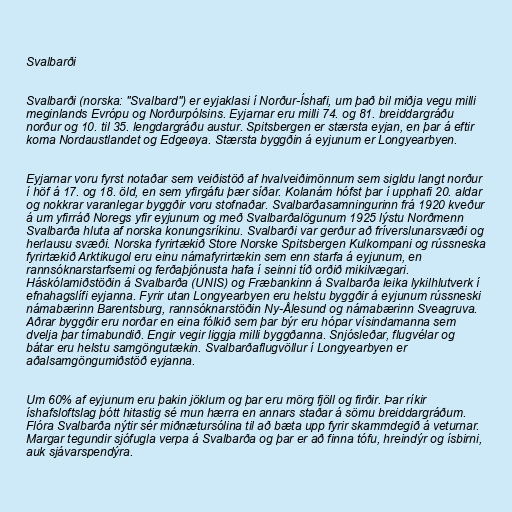
Svalbarði

Svalbarði (norska: "Svalbard") er eyjaklasi í Norður-Íshafi, um það bil miðja vegu milli
meginlands Evrópu og Norðurpólsins. Eyjarnar eru milli 74. og 81. breiddargráðu
norður og 10. til 35. lengdargráðu austur. Spitsbergen er stærsta eyjan, en þar á eftir
koma Nordaustlandet og Edgeøya. Stærsta byggðin á eyjunum er Longyearbyen.

Eyjarnar voru fyrst notaðar sem veiðistöð af hvalveiðimönnum sem sigldu langt norður
í höf á 17. og 18. öld, en sem yfirgáfu þær síðar. Kolanám hófst þar í upphafi 20. aldar
og nokkrar varanlegar byggðir voru stofnaðar. Svalbarðasamningurinn frá 1920 kveður
á um yfirráð Noregs yfir eyjunum og með Svalbarðalögunum 1925 lýstu Norðmenn
Svalbarða hluta af norska konungsríkinu. Svalbarði var gerður að fríverslunarsvæði og
herlausu svæði. Norska fyrirtækið Store Norske Spitsbergen Kulkompani og rússneska
fyrirtækið Arktikugol eru einu námafyrirtækin sem enn starfa á eyjunum, en
rannsóknarstarfsemi og ferðaþjónusta hafa í seinni tíð orðið mikilvægari.
Háskólamiðstöðin á Svalbarða (UNIS) og Fræbankinn á Svalbarða leika lykilhlutverk í
efnahagslífi eyjanna. Fyrir utan Longyearbyen eru helstu byggðir á eyjunum rússneski
námabærinn Barentsburg, rannsóknarstöðin Ny-Ålesund og námabærinn Sveagruva.
Aðrar byggðir eru norðar en eina fólkið sem þar býr eru hópar vísindamanna sem
dvelja þar tímabundið. Engir vegir liggja milli byggðanna. Snjósleðar, flugvélar og
bátar eru helstu samgöngutækin. Svalbarðaflugvöllur í Longyearbyen er
aðalsamgöngumiðstöð eyjanna.

Um 60% af eyjunum eru þakin jöklum og þar eru mörg fjöll og firðir. Þar ríkir
íshafsloftslag þótt hitastig sé mun hærra en annars staðar á sömu breiddargráðum.
Flóra Svalbarða nýtir sér miðnætursólina til að bæta upp fyrir skammdegið á veturnar.
Margar tegundir sjófugla verpa á Svalbarða og þar er að finna tófu, hreindýr og ísbirni,
auk sjávarspendýra.